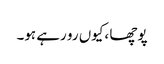
پوچھا ،کیوں رو رہے ہو۔